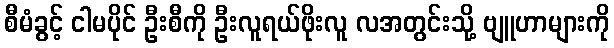
စီမံခွင့် ငါမပိုင် ဦးစီကို ဦးလူရယ်ဖိုးလူ လအတွင်းသို့ ဗျူဟာများကို